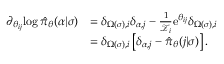
\begin{array} { r l } { \partial _ { \theta _ { i j } } \! \log \hat { \pi } _ { \boldsymbol { \theta } } ( \alpha \vert \sigma ) } & { = \delta _ { \Omega ( \sigma ) , i } \delta _ { \alpha , j } - \frac { 1 } { \mathcal { Z } _ { i } } \mathrm { e } ^ { \theta _ { i j } } \delta _ { \Omega ( \sigma ) , i } } \\ & { = \delta _ { \Omega ( \sigma ) , i } \left[ \delta _ { \alpha , j } - \hat { \pi } _ { \boldsymbol { \theta } } ( j \vert \sigma ) \right] . } \end{array}